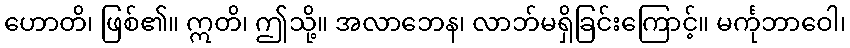
ဟောတိ၊ ဖြစ်၏။ ဣတိ၊ ဤသို့။ အလာဘေန၊ လာဘ်မရှိခြင်းကြောင့်။ မင်္ကုဘာဝေါ၊